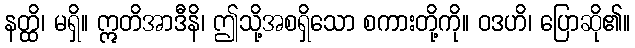
နတ္ထိ၊ မရှိ။ ဣတိအာဒီနိ၊ ဤသို့အစရှိသော စကားတို့ကို။ ဝဒဟိ၊ ပြောဆို၏။